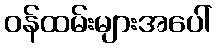
ဝန်ထမ်းများအပေါ်